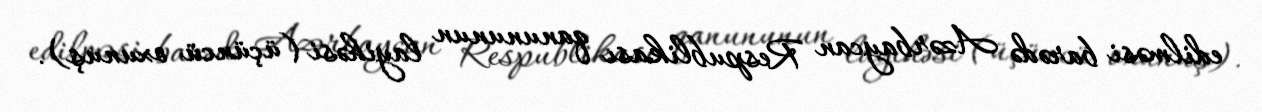
edilməsi barədə Azərbaycan Respublikası qanununun layihəsi (üçüncü oxunuş).